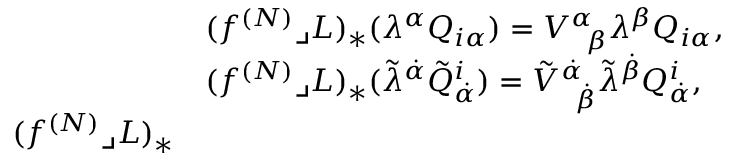
\begin{array} { r l } & { ( f ^ { ( N ) } \lrcorner L ) _ { * } ( \lambda ^ { \alpha } Q _ { i \alpha } ) = V _ { \ \, \beta } ^ { \alpha } \lambda ^ { \beta } Q _ { i \alpha } , } \\ & { ( f ^ { ( N ) } \lrcorner L ) _ { * } ( \tilde { \lambda } ^ { \dot { \alpha } } \tilde { Q } _ { \dot { \alpha } } ^ { i } ) = \tilde { V } _ { \ \, \dot { \beta } } ^ { \dot { \alpha } } \tilde { \lambda } ^ { \dot { \beta } } Q _ { \dot { \alpha } } ^ { i } , } \\ { ( f ^ { ( N ) } \lrcorner L ) _ { * } } \end{array}